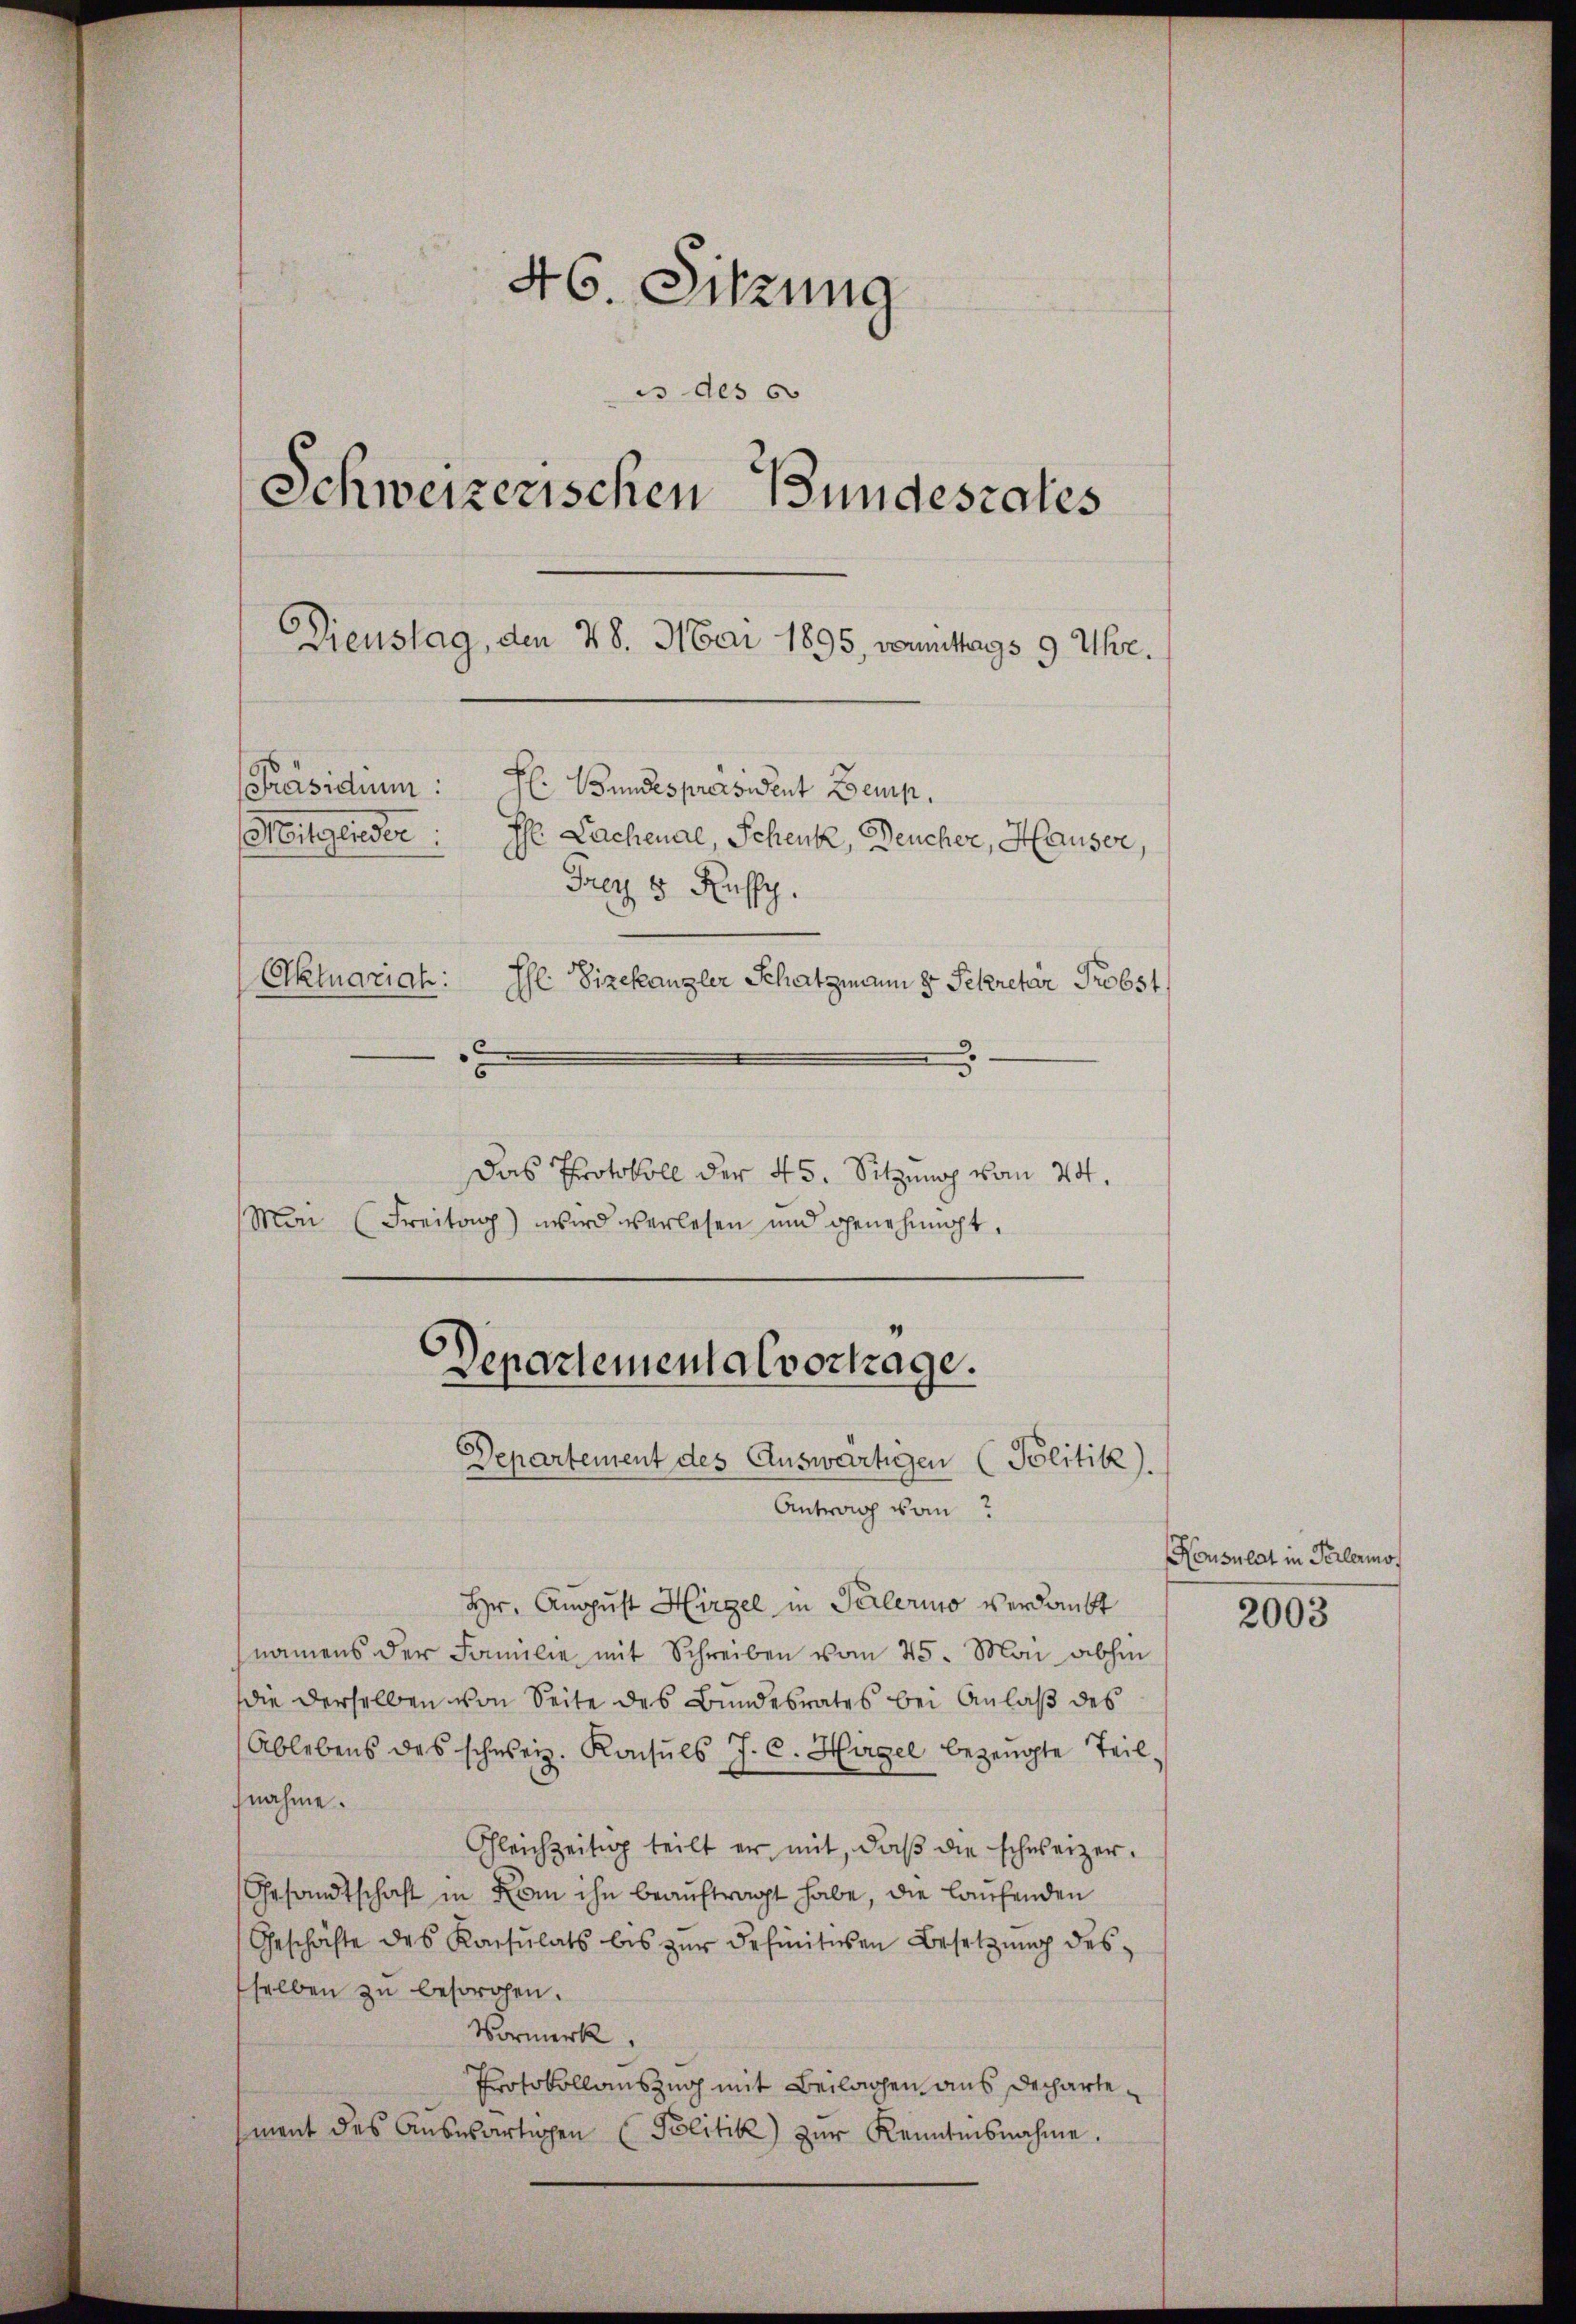
Das Protokoll der 45. Sitzung vom 24.
Mai (Freitag) wird verlesen und genehmigt.

46. Sitzung
is des 6
Schweizerischen Bundesrates
Dienstag, den 28. Mai 1895, womittags 9 Uhr.
F: Bundespräsident Bemp.
[Präsidium:
Mitglieder:
H Lachenal, Schenk, Deucher, Hauser,
Jaly 5 Russy.
Aktuariah:
Ehl Vizekanzler Schatzmann 8. Sekretär Probst

Departemental vortrage.
Departement des Auswärtigen (Politik).
Antrag vom

Hr. August Hirzel in Perlerino verdankt
namens der Familie mit Schreiben vom 25. Mai abhin
die derselben von Seite des Bundesrates bei Anlaß des
Ablebens des schweiz. Konsuls J. C. Hügel bezeugte Teil.
nahme.
Gleichzeitig teilt er mit, daβ die schweizer¬
Gesandtschaft in Rom ihn beauftragt habe, die laufenden
Geschäfte des Konsulats bis zŭr definitiven Besetzung des
selben zu besorgen.
Vormerk.
Protokollauszug mit Beilagen aus dechartement des Aŭswärtigen Politik) zŭr Kenntnisnahme.

Housulat in Perlermo

2003